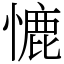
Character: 㦇